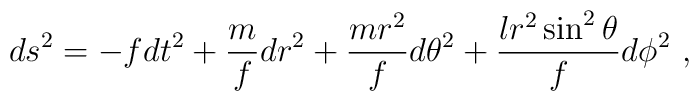
ds^2=  - f dt^2 +  \frac{m}{f} d r^2 + \frac{m r^2}{f} d \theta^2            +  \frac{l r^2 \sin^2 \theta}{f} d\phi^2\ ,